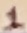
Text: 1